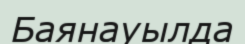
Баянауылда